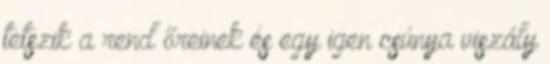
tetszik a rend őreinek és egy igen csúnya viszály